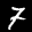
Label: 7